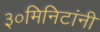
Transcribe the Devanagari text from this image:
३०मिनिटांनी